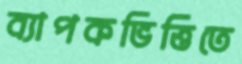
ব্যাপকভিত্তিতে